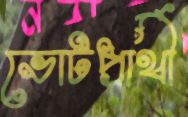
ভোটপ্রার্থী